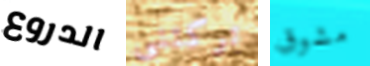
الدروع تركتنى مشوق